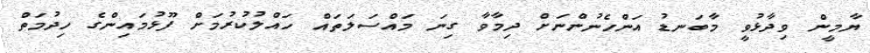
ޔާމީން ވިދާޅުވީ މާބަނޑު އަންހެނުންނަށް ދިމާވާ ގިނަ މައްސަލަތައް ހައްލުކުރުމަށް ފޫޅުމައިންގެ ހިދުމަތް